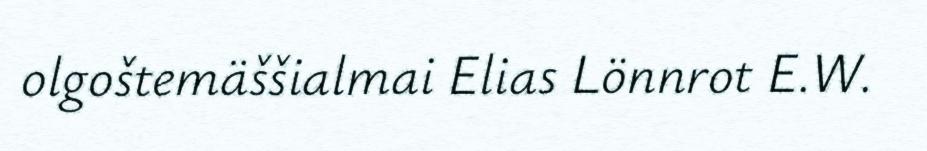
olgoštemäššialmai Elias Lönnrot E.W.